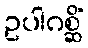
ဥပါဂစ္ဆိံ